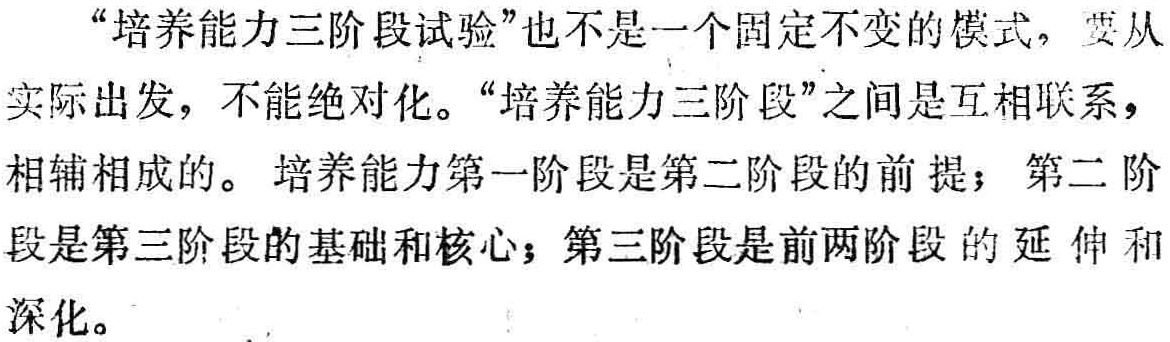
“培养能力三阶段试验”也不是一个固定不变的模式，要从实际出发，不能绝对化。“培养能力三阶段”之间是互相联系，相辅相成的。 培养能力第一阶段是第二阶段的前提；第二阶段是第三阶段的基础和核心；第三阶段是前两阶段的延伸和深化。